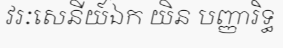
វរៈសេនីយ៍ឯក យិន បញ្ញារិទ្ធ